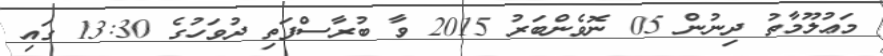
މަޢުލޫމާތު ދިނުން 05 ނޮވެންބަރު 2015 ވާ ބުރާސްފަތި ދުވަހުގެ 13:30 ގައި